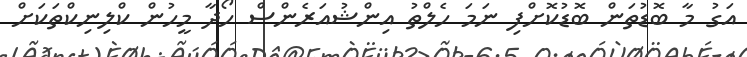
އަގު މާ ބޮޑުތަން ބޮޑުކޮށްފި ނަމަ ހެލްތު އިންޝުއަރެންސް ހޯދާ މީހުން ކްލިނިކްތަކަށް